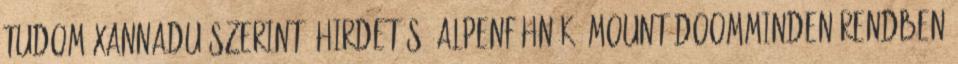
tudom Xannadu szerint: Hirdetés: Alpenföhn K2 Mount DoomMinden rendben